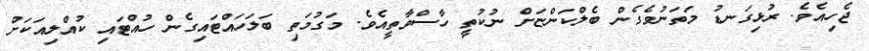
ޖެހިއެވެ. ރުޅިގަނޑު މަތަނުވެގެން ބެލްކަންޏަށް ނުކުތީ ހާސްވާތީއެވެ. މަގުމަތި ބަލަހައްޓައިގެން ހުއްޓައި ކުއްލިއަކަށް